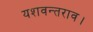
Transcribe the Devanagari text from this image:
यशवन्तराव।